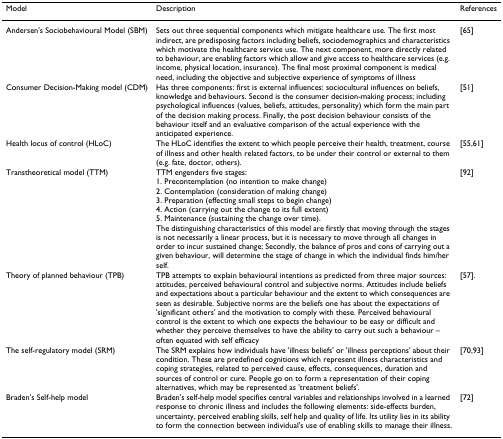
<table><thead><tr><td><b>Model</b></td><td><b>Description</b></td><td><b>References</b></td></tr></thead><tbody><tr><td>Andersen&#x27;s Sociobehavioural Model (SBM)</td><td>Sets out three sequential components which mitigate healthcare use. The first most indirect, are predisposing factors including beliefs, sociodemographics and characteristics which motivate the healthcare service use. The next component, more directly related to behaviour, are enabling factors which allow and give access to healthcare services (e.g. income, physical location, insurance). The final most proximal component is medical need, including the objective and subjective experience of symptoms of illness</td><td>[65]</td></tr><tr><td>Consumer Decision-Making model (CDM)</td><td>Has three components: first is external influences: sociocultural influences on beliefs, knowledge and behaviours. Second is the consumer decision-making process; including psychological influences (values, beliefs, attitudes, personality) which form the main part of the decision making process. Finally, the post decision behaviour consists of the behaviour itself and an evaluative comparison of the actual experience with the anticipated experience.</td><td>[51]</td></tr><tr><td>Health locus of control (HLoC)</td><td>The HLoC identifies the extent to which people perceive their health, treatment, course of illness and other health related factors, to be under their control or external to them (e.g. fate, doctor, others).</td><td>[55,61]</td></tr><tr><td>Transtheoretical model (TTM)</td><td>TTM engenders five stages:1. Precontemplation (no intention to make change)2. Contemplation (consideration of making change)3. Preparation (effecting small steps to begin change)4. Action (carrying out the change to its full extent)5. Maintenance (sustaining the change over time).The distinguishing characteristics of this model are firstly that moving through the stages is not necessarily a linear process, but it is necessary to move through all changes in order to incur sustained change; Secondly, the balance of pros and cons of carrying out a given behaviour, will determine the stage of change in which the individual finds him/her self.</td><td>[92]</td></tr><tr><td>Theory of planned behaviour (TPB)</td><td>TPB attempts to explain behavioural intentions as predicted from three major sources: attitudes, perceived behavioural control and subjective norms. Attitudes include beliefs and expectations about a particular behaviour and the extent to which consequences are seen as desirable. Subjective norms are the beliefs one has about the expectations of &#x27;significant others&#x27; and the motivation to comply with these. Perceived behavioural control is the extent to which one expects the behaviour to be easy or difficult and whether they perceive themselves to have the ability to carry out such a behaviour – often equated with self efficacy</td><td>[57].</td></tr><tr><td>The self-regulatory model (SRM)</td><td>The SRM explains how individuals have &#x27;illness beliefs&#x27; or &#x27;illness perceptions&#x27; about their condition. These are predefined cognitions which represent illness characteristics and coping strategies, related to perceived cause, effects, consequences, duration and sources of control or cure. People go on to form a representation of their coping alternatives, which may be represented as &#x27;treatment beliefs&#x27;.</td><td>[70,93]</td></tr><tr><td>Braden&#x27;s Self-help model</td><td>Braden&#x27;s self-help model specifies central variables and relationships involved in a learned response to chronic illness and includes the following elements: side-effects burden, uncertainty, perceived enabling skills, self help and quality of life. Its utility lies in its ability to form the connection between individual&#x27;s use of enabling skills to manage their illness.</td><td>[72]</td></tr></tbody></table>